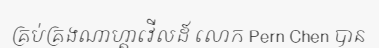
គ្រប់គ្រងណាហ្គាវើលដ៍ លោក Pern Chen បាន